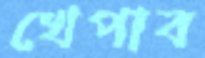
খেপাব